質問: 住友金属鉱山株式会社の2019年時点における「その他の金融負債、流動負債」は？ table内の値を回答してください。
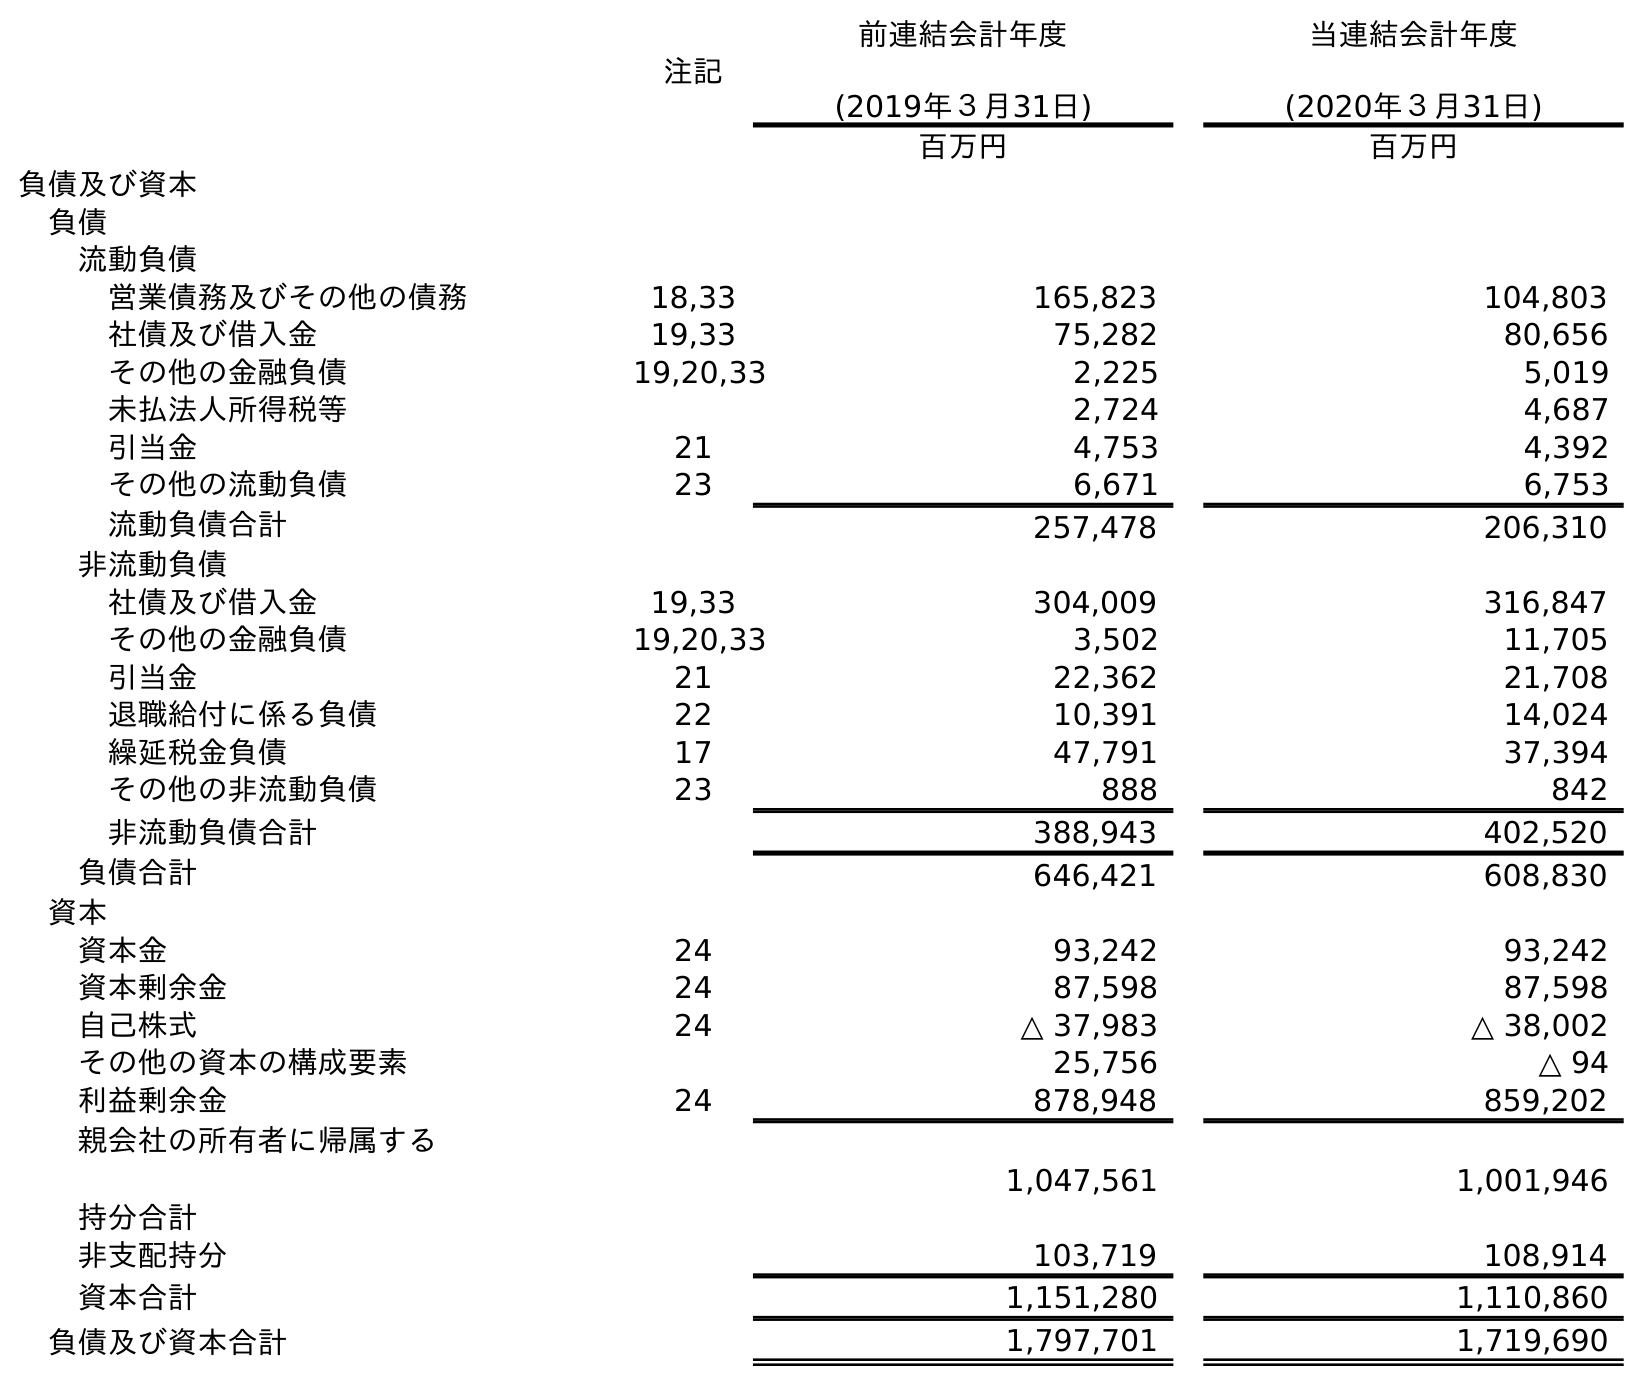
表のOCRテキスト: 注記 前連結会計年度 (2019年３月31日) 当連結会計年度 (2020年３月31日) 百万円 百万円 負債及び資本 負債 流動負債 営業債務及びその他の債務 18,33 165,823 104,803 社債及び借入金 19,33 75,282 80,656 その他の金融負債 19,20,33 2,225 5,019 未払法人所得税等 2,724 4,687 引当金 21 4,753 4,392 その他の流動負債 23 6,671 6,753 流動負債合計 257,478 206,310 非流動負債 社債及び借入金 19,33 304,009 316,847 その他の金融負債 19,20,33 3,502 11,705 引当金 21 22,362 21,708 退職給付に係る負債 22 10,391 14,024 繰延税金負債 17 47,791 37,394 その他の非流動負債 23 888 842 非流動負債合計 388,943 402,520 負債合計 646,421 608,830 資本 資本金 24 93,242 93,242 資本剰余金 24 87,598 87,598 自己株式 24 △ 37,983 △ 38,002 その他の資本の構成要素 25,756 △ 94 利益剰余金 24 878,948 859,202 親会社の所有者に帰属する 持分合計 1,047,561 1,001,946 非支配持分 103,719 108,914 資本合計 1,151,280 1,110,860 負債及び資本合計 1,797,701 1,719,690
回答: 2,225